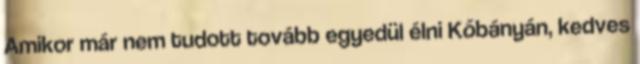
Amikor már nem tudott tovább egyedül élni Kőbányán, kedves